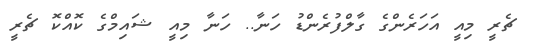
ޗެރީ މިއީ އަހަރެންގެ ގާލްފުރެންޑު ހަނާ.. ހަނާ މިއީ ޝައިމްގެ ކޮއްކޮ ޗެރީ